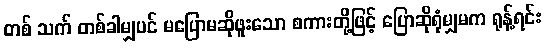
တစ် သက် တစ်ခါမျှပင် မပြောမဆိုဖူးသော စကားတို့ဖြင့် ပြောဆိုရုံမျှမက ရုန့်ရင်း